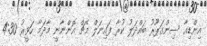
އިންޑިއާ ސިންގަޕޫރު ބައްދަލު ކުރާ ފައިނަލް މެޗް އޮންނާނީ މާދަމާ ހަވީރު 4:30